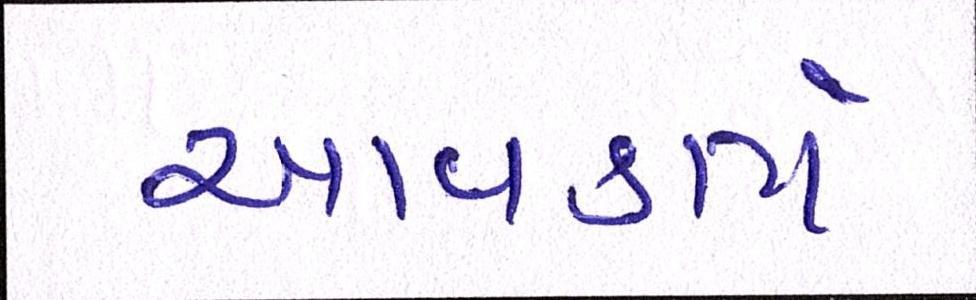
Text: આવકાર્ય